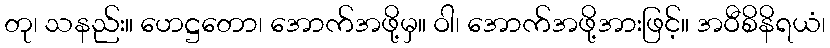
တု၊ သနည်း။ ဟေဋ္ဌတော၊ အောက်အဖို့မှ။ ဝါ၊ အောက်အဖို့အားဖြင့်။ အဝီစိနိရယံ၊